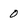
Character: 0